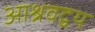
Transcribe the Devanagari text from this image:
आश्रवद्वय